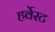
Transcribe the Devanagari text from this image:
हर्वेस्ट